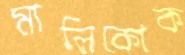
মালিকোক